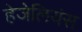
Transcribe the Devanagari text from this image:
हेजेलियंस